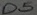
Text: D5